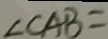
\angle C A B =